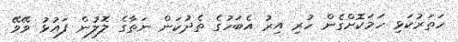
ހަތަރުކަޅި ހަމަކޮށްގެން ހުރި އިރު އެބަހުގެ ތެދުކަން ނަތާގެ ލޮލުން ފައުޅު ވޭވޭ